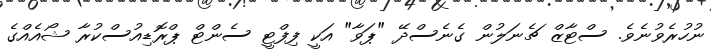
ނުހުރެވުނެވެ. ސްޓާޒް ޗެނަލުން ގެނެސްދޭ "ޕަވާ" އަކީ ފިފްޓީ ސެންޓް ޕްރޮޑިއުސްކުރާ ޝޯއެއްގެ